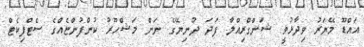
އައްޑޫ މޭޔަރު ވިދާޅުވީ ޝަންގްރިއްލާ ފަދަ ދުނިޔޭގެ ނަން މަޝްހޫރު ކުންފުންޏެއްގެ ސެޓްފިކެޓް